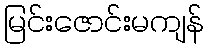
မြင်းဇောင်းမကျန်